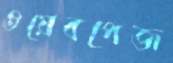
ওয়েবপেজ